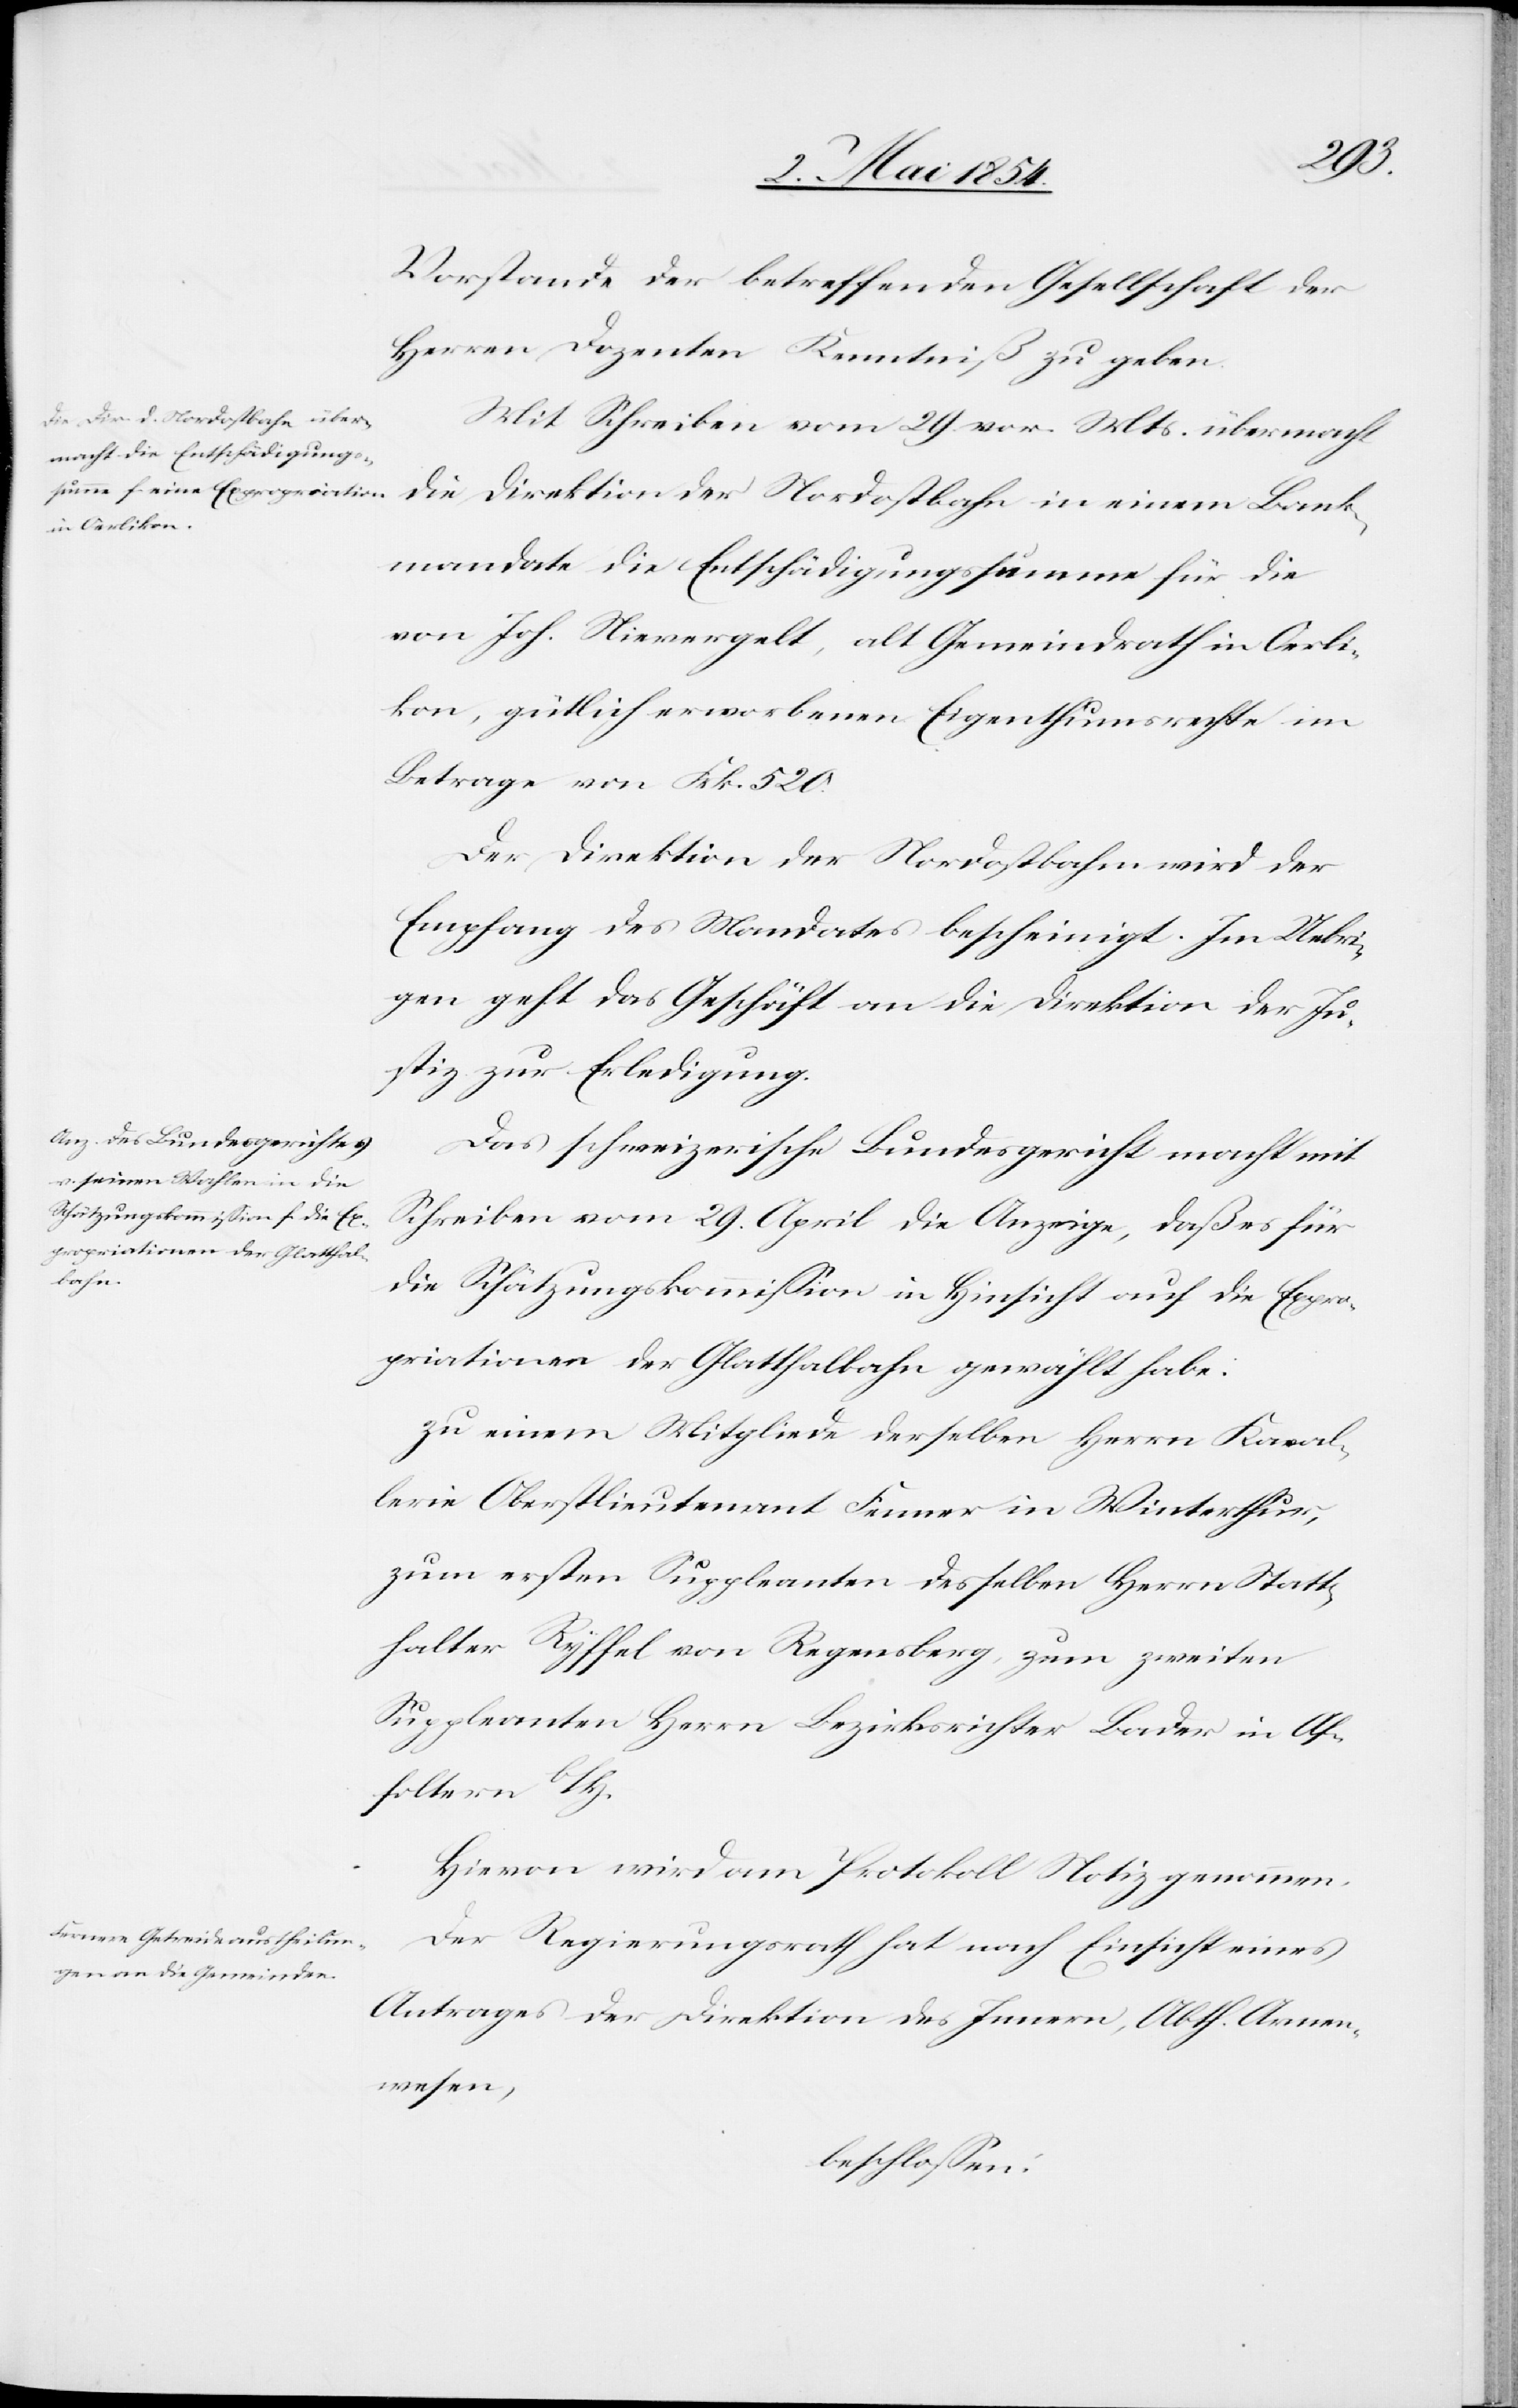
Vorstande der betreffenden Gesellschaft der
Herren Dozenten Kenntniß zu geben.
Mit Schreiben vom 29. vor. Mts. übermacht
die Direktion der Nordostbahn in einem Bank¬
mandate die Entschädigungssumme für die
von Joh. Nievergelt, alt Gemeindrath in Oerli¬
kon, gütlich erworbenen Eigenthumsrechte im
Betrage von Frk. 520.
Der Direktion der Nordostbahn wird der
Empfang des Mandates bescheinigt. Im Uebri¬
gen geht das Geschäft an die Direktion der Ju¬
stiz zur Erledigung.
Das schweizerische Bundesgericht macht mit
Schreiben vom 29. April die Anzeige, daß es für
die Schätzungskommißion in Hinsicht auf die Expro¬
priationen der Glatthalbahn gewählt habe.
zu einem Mitgliede derselben Herrn Kaval¬
lerie Oberstlieutenant Fenner in Winterthur,
zum ersten Suppleanten desselben Herrn Statt¬
halter Ryffel von Regensberg, zum zweiten
Suppleanten Herrn Bezirksrichter Bader in Af¬
folter b/Z.
Hievon wird am Protokoll Notiz genommen.
Der Regierungsrath hat nach Einsicht eines
Antrages der Direktion des Innern, Abth. Armen¬
wesen,
beschloßen: